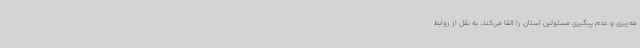
مه‌ریزی و عدم پیگیری مسئولین استان را القا می‌کند. به نقل از روابط